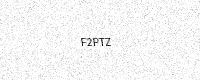
Text: F2PTZ